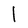
Character: l